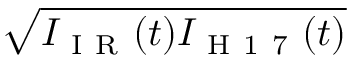
\sqrt { I _ { \mathrm { ~ I ~ R ~ } } ( t ) I _ { \mathrm { ~ H ~ 1 ~ 7 ~ } } ( t ) }